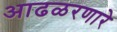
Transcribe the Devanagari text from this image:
आढळरणारे